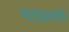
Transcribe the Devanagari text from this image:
मठाप्रमाणे